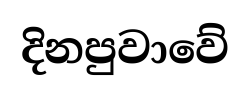
දිනපුවාවේ